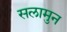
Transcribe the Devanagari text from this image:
सलामुन